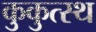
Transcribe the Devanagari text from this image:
कुकुत्स्थ